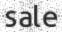
sale